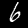
Label: 6